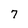
Character: 7